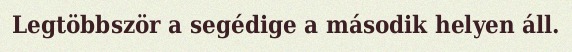
Legtöbbször a segédige a második helyen áll.